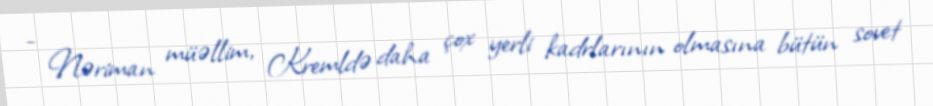
- Nəriman müəllim, Kremldə daha çox yerli kadrlarının olmasına bütün sovet